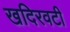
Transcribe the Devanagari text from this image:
खदिरवटी